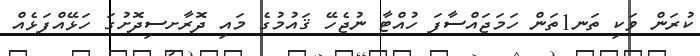
ކުރަން ވަކި ތަނ1ތަން ހަމަޖައްސާފަ ހުއްޓާ ނުޖެހޭ ޤައުމުގެ މައި ދޮރާށސިދޮށުގަ ހަޅޭއްފަޅެއް